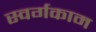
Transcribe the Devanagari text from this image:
स्वर्गकाम